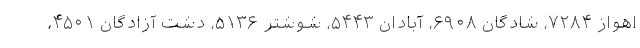
اهواز ۷۲۸۴، شادگان ۶۹۰۸، آبادان ۵۴۴۳، شوشتر ۵۱۳۶، دشت آزادگان ۴۵۰۱،